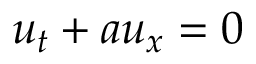
u _ { t } + a u _ { x } = 0